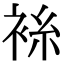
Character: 𫋼